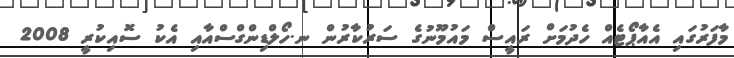
މާފަރުގައި އެއާޕޯޓެއް ހެދުމަށް ރައީސް މައުމޫނުގެ ސަރުކާރުން ނ.ހޯލްޑިންގްސްއާއި އެކު ސޮއިކުރީ 2008